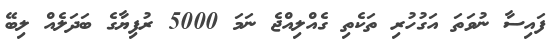
ފައިސާ ނުވަތަ އަގުހުރި ތަކެތި ގެއްލިއްޖެ ނަމަ 5000 ރުފިޔާގެ ބަދަލެއް ލިބޭ